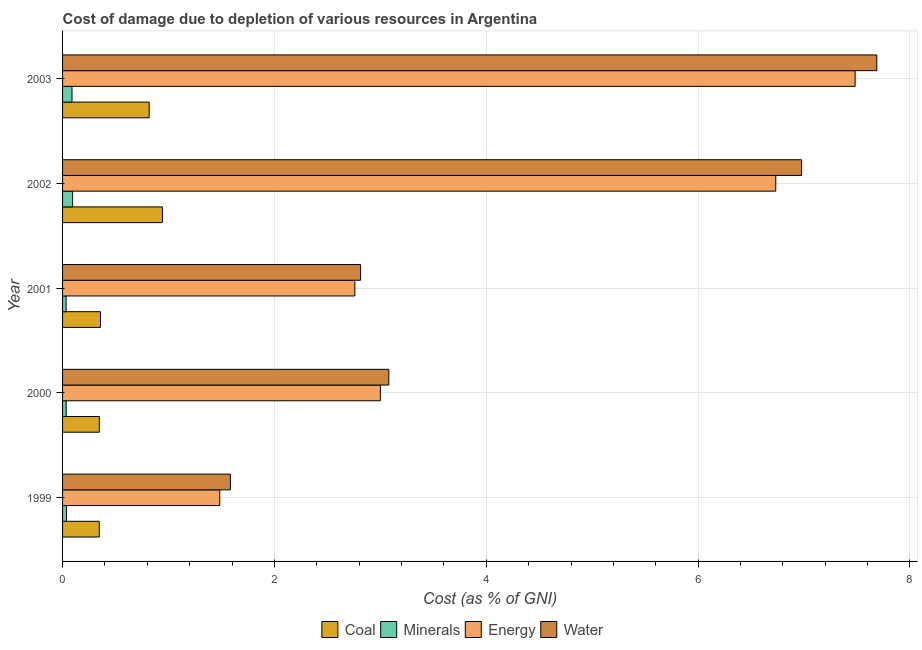
| Year | Coal | Minerals | Energy | Water |
 | --- | --- | --- | --- | --- |
 | 1999 | 0.347 | 0.0372 | 1.48 | 1.58 |
 | 2000 | 0.347 | 0.0341 | 3 | 3.08 |
 | 2001 | 0.358 | 0.0336 | 2.76 | 2.81 |
 | 2002 | 0.943 | 0.0948 | 6.73 | 6.98 |
 | 2003 | 0.818 | 0.0891 | 7.48 | 7.69 |